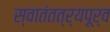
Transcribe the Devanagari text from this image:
स्वातंतत्र्यपूर्व